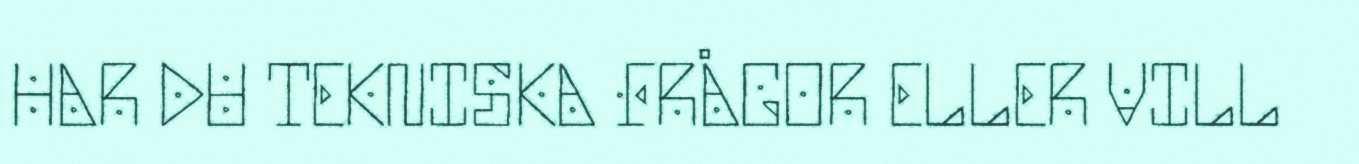
HAR DU TEKNISKA FRÅGOR ELLER VILL